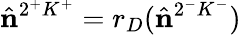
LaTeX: \hat{\mathbf{n}}^{2^{+}K^{+}}=r_{D}(\hat{\mathbf{n}}^{2^{-}K^{-}})